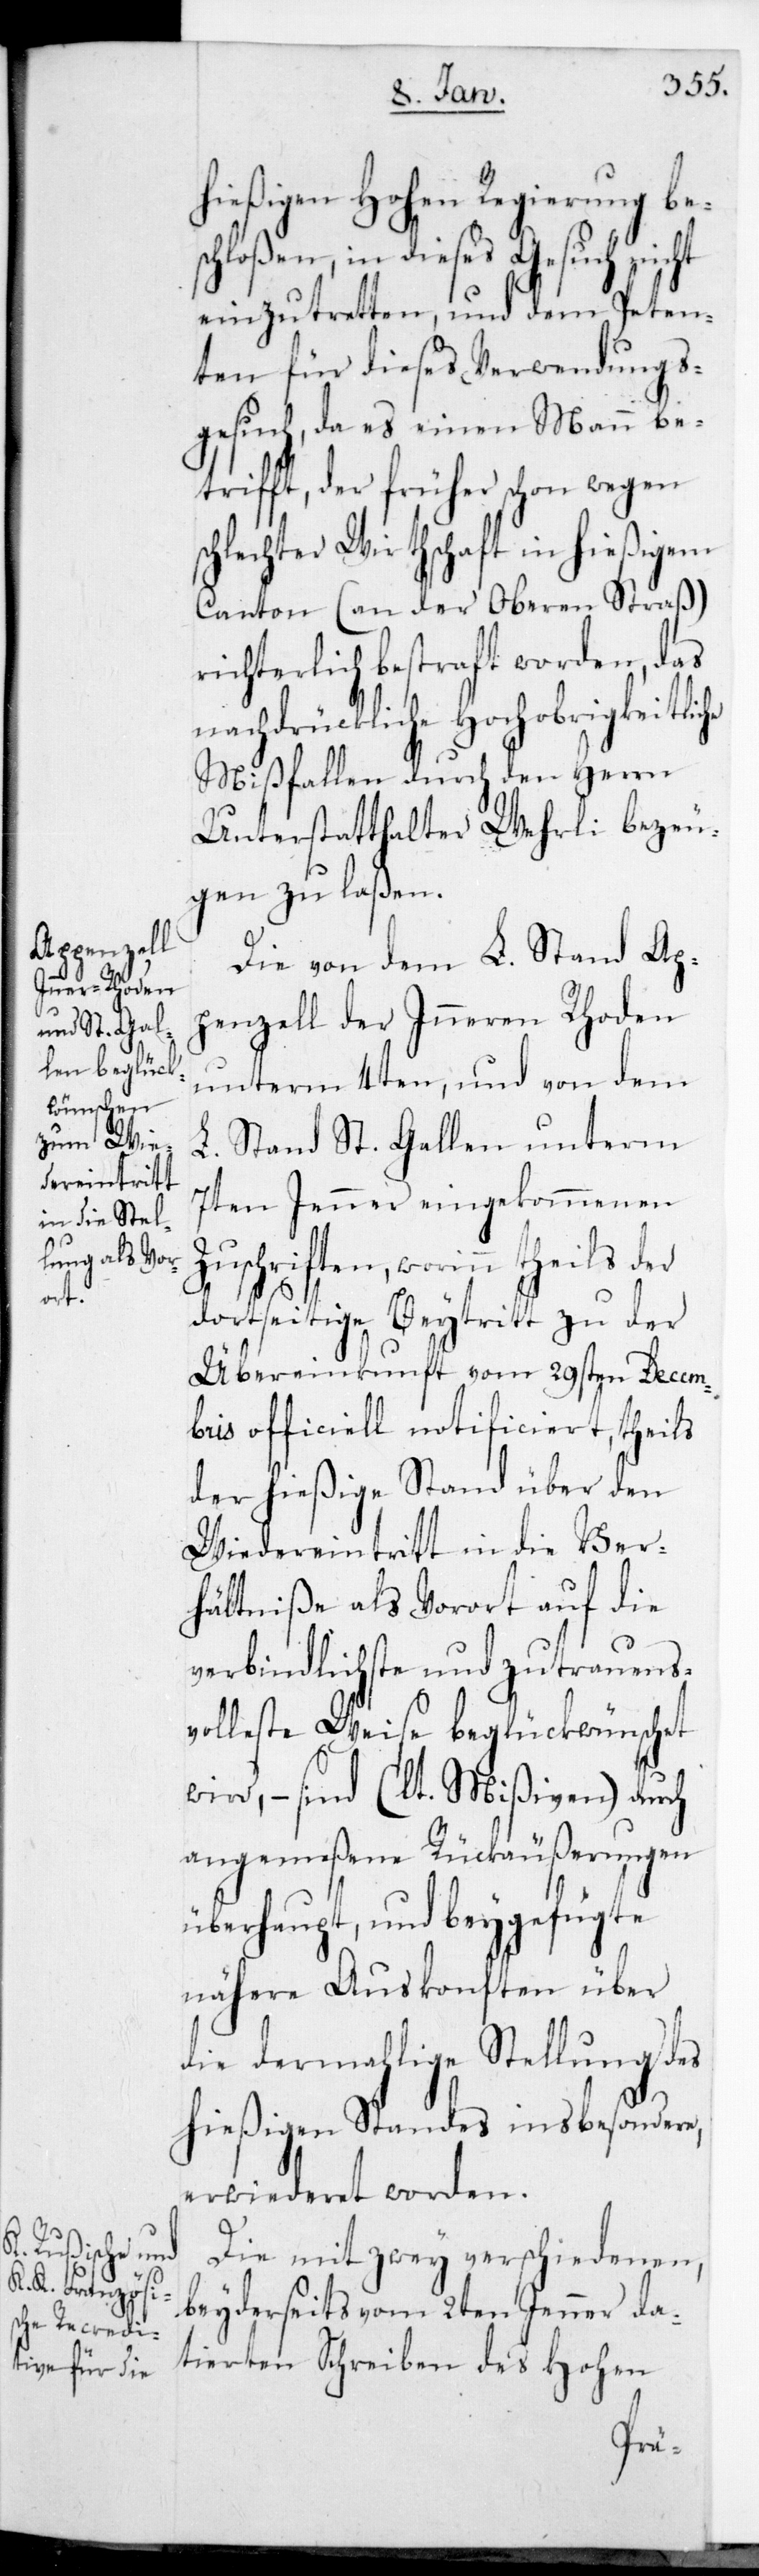
hießigen Hohen Regierung be¬
schloßen, in dieses Gesuch nicht
einzutretten und dem Peten¬
ten für dieses Verwendungs¬
gesuch, da es einen Mann be¬
trifft, der früher schon wegen s¬
chlechter Wirthschaft in hießigem
Canton (an der Oberen Straß)
richterlich bestraft worden, das
nachdrückliche Hochobrigkeitlic¬
Mißfallen durch den Herrn
Unterstatthalter Wehrli bezeu¬
gen zu laßen.
Die von dem L. Stand Ap¬
penzell der Inneren Rhoden
unterm 4ten, und von dem
L. Stand St. Gallen unterm
7ten Jenner eingekommenen
Zuschriften, worinn theils der
dortseitige Beitritt zu der
Übereinkunft vom 29sten Decem¬
bris officiell notificiert, theils
der hießige Stand über den
Wiedereintritt in die Ver¬
hältniße als Vorort auf die
verbindlichste und zutrauens¬
volleste Weise beglückwünschet
wird, – sind (lt. Mißiven) durch
angemeßene Rückäußerungen
überhaupt, und beygefügte
nähere Auskonften über
die dermalige Stellung des
hießigen Standes insbesondere,
erwiederet worden.
Die mit zwey verschiedenen,
beyderseits vom 2ten Jenner da¬
tierte Schreiben des Hohen
he